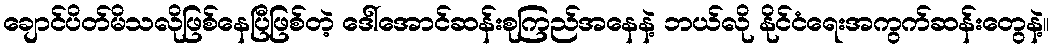
ချောင်ပိတ်မိသလိုဖြစ်နေပြီဖြစ်တဲ့ ဒေါ်အောင်ဆန်းစုကြည်အနေနဲ့ ဘယ်လို နိုင်ငံရေးအကွက်ဆန်းတွေနဲ့။